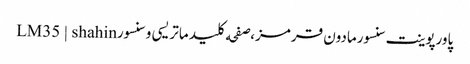
پاورپوینت سنسورمادون قرمز،صفحه کلید ماتریسی و سنسورLM35 | shahin